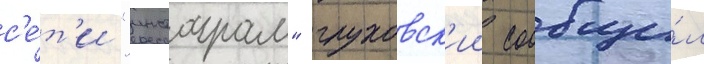
с'е́т'и "инстаграм" глуховск'ии сообщи́л